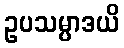
ဥပသမ္ပာဒယိ